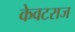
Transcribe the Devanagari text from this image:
केवटराज